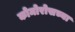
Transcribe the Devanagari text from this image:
कोमोरोसच्या